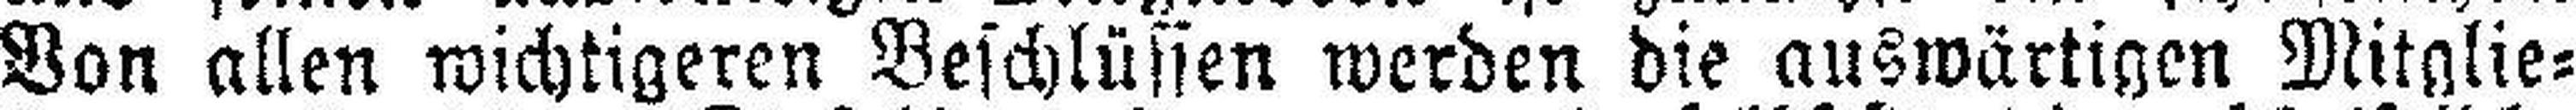
Von allen wichtigeren Beschlüssen werden die auswärtigen Mitglie¬